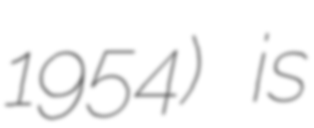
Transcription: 1954) is